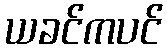
ယခင်ကပင်